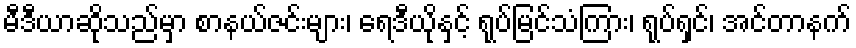
မီဒီယာဆိုသည်မှာ စာနယ်ဇင်းများ၊ ရေဒီယိုနှင့် ရုပ်မြင်သံကြား၊ ရုပ်ရှင်၊ အင်တာနက်